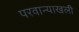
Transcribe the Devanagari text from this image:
परवान्याखली